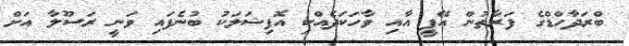
ބްރަދާހްޑްގެ ފަރާތުން އޭޕީ އާއި ވާހަކަދެއްކި އޮފިޝަލަކު ބުނެފައި ވަނީ ރަސޫލާ އަށް